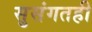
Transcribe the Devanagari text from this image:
सुसंगतही